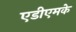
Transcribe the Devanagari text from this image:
एडीएमके